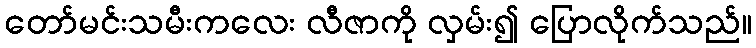
တော်မင်းသမီးကလေး လီဇာကို လှမ်း၍ ပြောလိုက်သည်။